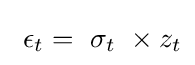
~\epsilon _{t}=~\sigma _{t}~\times z_{t}